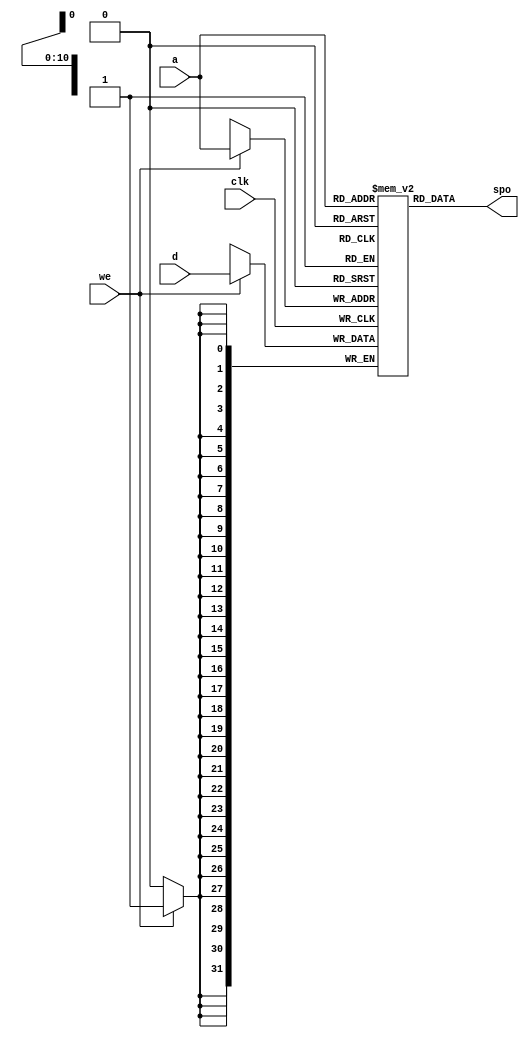
`timescale 1ns / 1ps

module DataMEM(a,d,clk,we,spo);
    input wire [10:0] a; //Inaddr 2048
    input wire [31:0] d; //Indata
    input wire clk;  
    input wire we;  
    output wire [31:0] spo; //dataout
    
    reg [31:0] memory[0:2047];
    
    integer i;
    initial begin
      for(i=0;i<2048;i=i+1)  begin
        memory[i]=32'd0;
      end
    end
    
   always @(posedge clk) begin
            if(we) begin
                memory[a] <= d;
            end
        end
    
        assign spo = memory[a];
     
endmodule